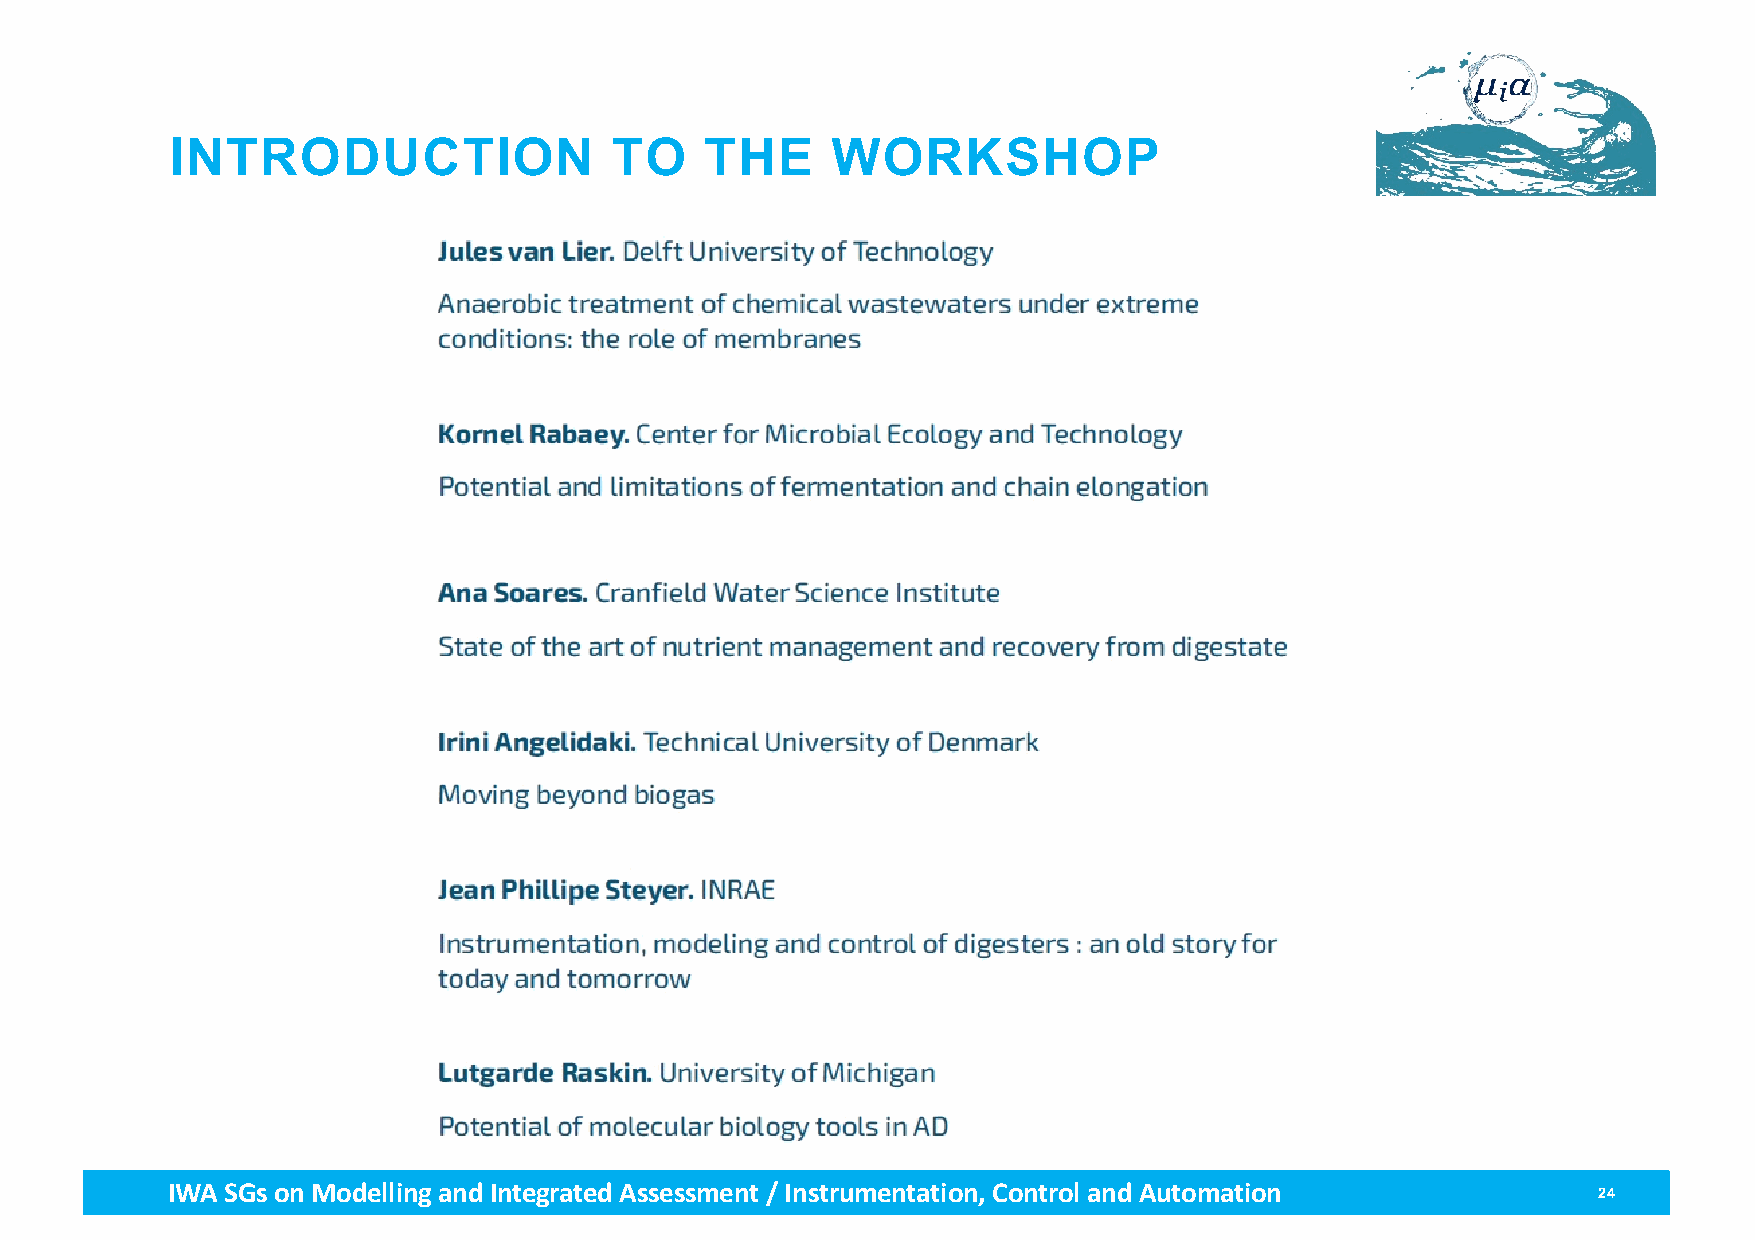
INTRODUCTION                 TO     THE     WORKSHOP
 IWA SGs on Modellingand Integrated Assessment / Instrumentation, Control and Automation        24